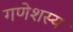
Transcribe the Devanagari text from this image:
गणेशस्य